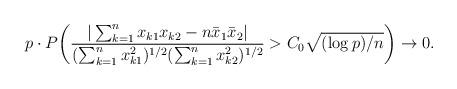
LaTeX: \begin{align*}p \cdot P \biggl( \frac{|\sum_{k=1}^n x_{k1}x_{k2}- n \bar{x}_1 \bar{x}_2|}{(\sum_{k=1}^nx_{k1}^2)^{1/2} (\sum_{k=1}^n x_{k2}^2)^{1/2}} > C_0\sqrt{(\log p)/n} \biggr)\rightarrow0.\end{align*}